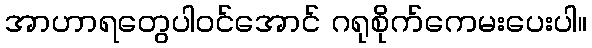
အာဟာရတွေပါဝင်အောင် ဂရုစိုက်ကေမးပေးပါ။